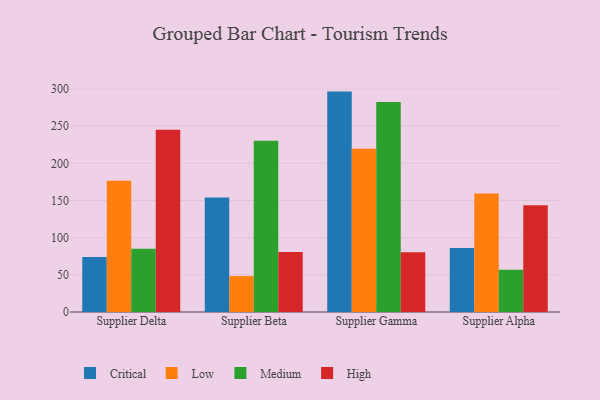
{"axis": {"x": "Supplier", "y": "Revenue (USD Million)"}, "legend": ["Critical", "High", "Low", "Medium"], "data": [{"x": "Supplier Delta", "y": 74.1, "type": "Critical"}, {"x": "Supplier Delta", "y": 176.7, "type": "Low"}, {"x": "Supplier Delta", "y": 85.2, "type": "Medium"}, {"x": "Supplier Delta", "y": 245.2, "type": "High"}, {"x": "Supplier Beta", "y": 153.9, "type": "Critical"}, {"x": "Supplier Beta", "y": 48.3, "type": "Low"}, {"x": "Supplier Beta", "y": 230.5, "type": "Medium"}, {"x": "Supplier Beta", "y": 80.6, "type": "High"}, {"x": "Supplier Gamma", "y": 296.5, "type": "Critical"}, {"x": "Supplier Gamma", "y": 219.5, "type": "Low"}, {"x": "Supplier Gamma", "y": 282.6, "type": "Medium"}, {"x": "Supplier Gamma", "y": 80.4, "type": "High"}, {"x": "Supplier Alpha", "y": 86.2, "type": "Critical"}, {"x": "Supplier Alpha", "y": 159.5, "type": "Low"}, {"x": "Supplier Alpha", "y": 56.7, "type": "Medium"}, {"x": "Supplier Alpha", "y": 143.6, "type": "High"}]}